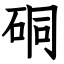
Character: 硐